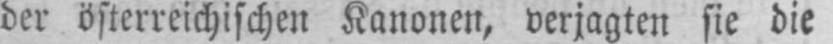
der österreichischer Kanonen, verjagten sie die